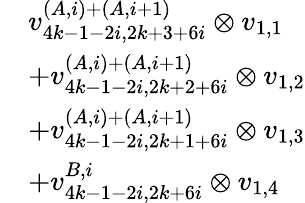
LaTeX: \begin{array}{rl}&{v_{4k-1-2i,2k+3+6i}^{(A,i)+(A,i+1)}\otimes v_{1,1}}\\ &{+v_{4k-1-2i,2k+2+6i}^{(A,i)+(A,i+1)}\otimes v_{1,2}}\\ &{+v_{4k-1-2i,2k+1+6i}^{(A,i)+(A,i+1)}\otimes v_{1,3}}\\ &{+v_{4k-1-2i,2k+6i}^{B,i}\otimes v_{1,4}}\end{array}